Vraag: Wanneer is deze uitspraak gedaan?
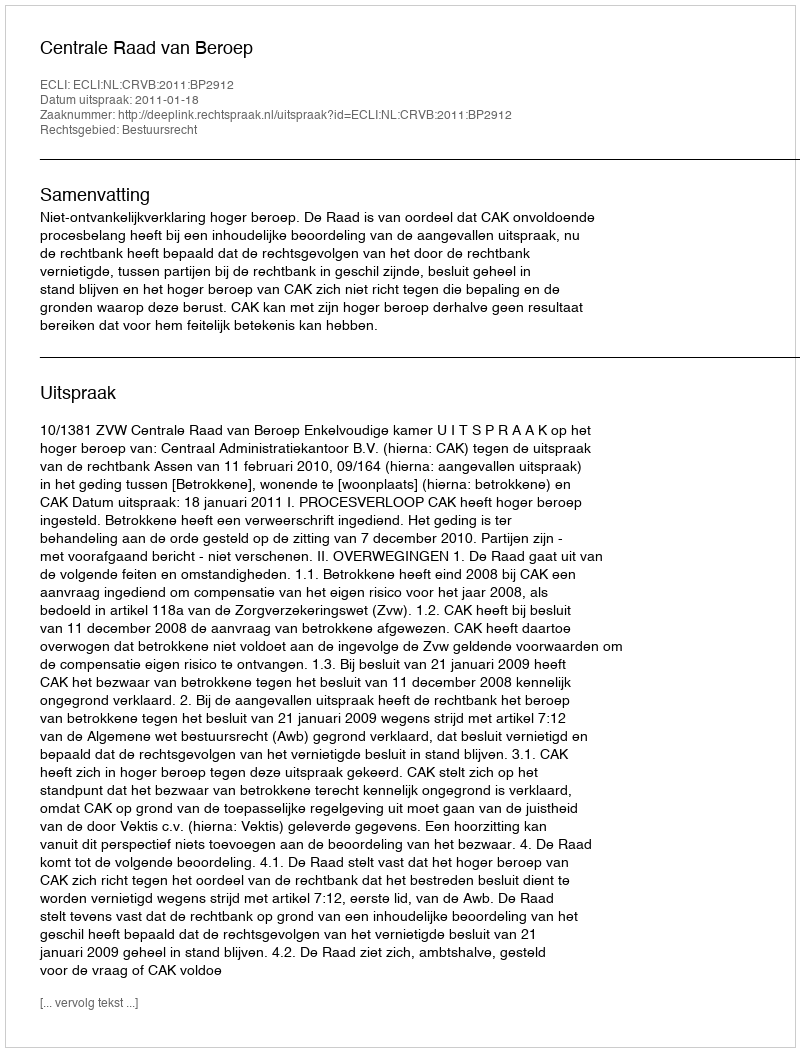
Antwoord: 2011-01-18